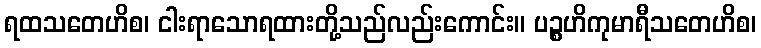
ရထသတေဟိစ၊ ငါးရာသောရထားတို့သည်လည်းကောင်း။ ပဉ္စဟိကုမာရီသတေဟိစ၊